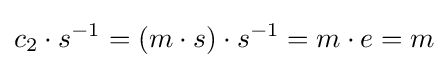
c_{2}\cdot s^{-1}=(m\cdot s)\cdot s^{-1}=m\cdot e=m